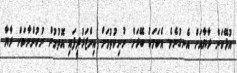
އުޅޭކަން ރާޔާއަށް އެނގުނެވެ. އެކަމަކު ބޭރަށް ނުނިކުތުމަށް އިންޒަރުދީފައި އޮތުމުން ނުކުންނާކަށް ރާޔާ